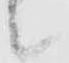
候